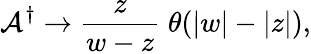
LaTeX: \mathcal{A}^{\dagger}\rightarrow\frac{z}{{w-z}}\; \theta(|w|-|z|),